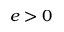
e > 0